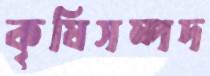
কৃষিসম্পদ